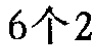
6个2